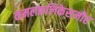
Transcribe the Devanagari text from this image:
कमलकलिकेसमोर